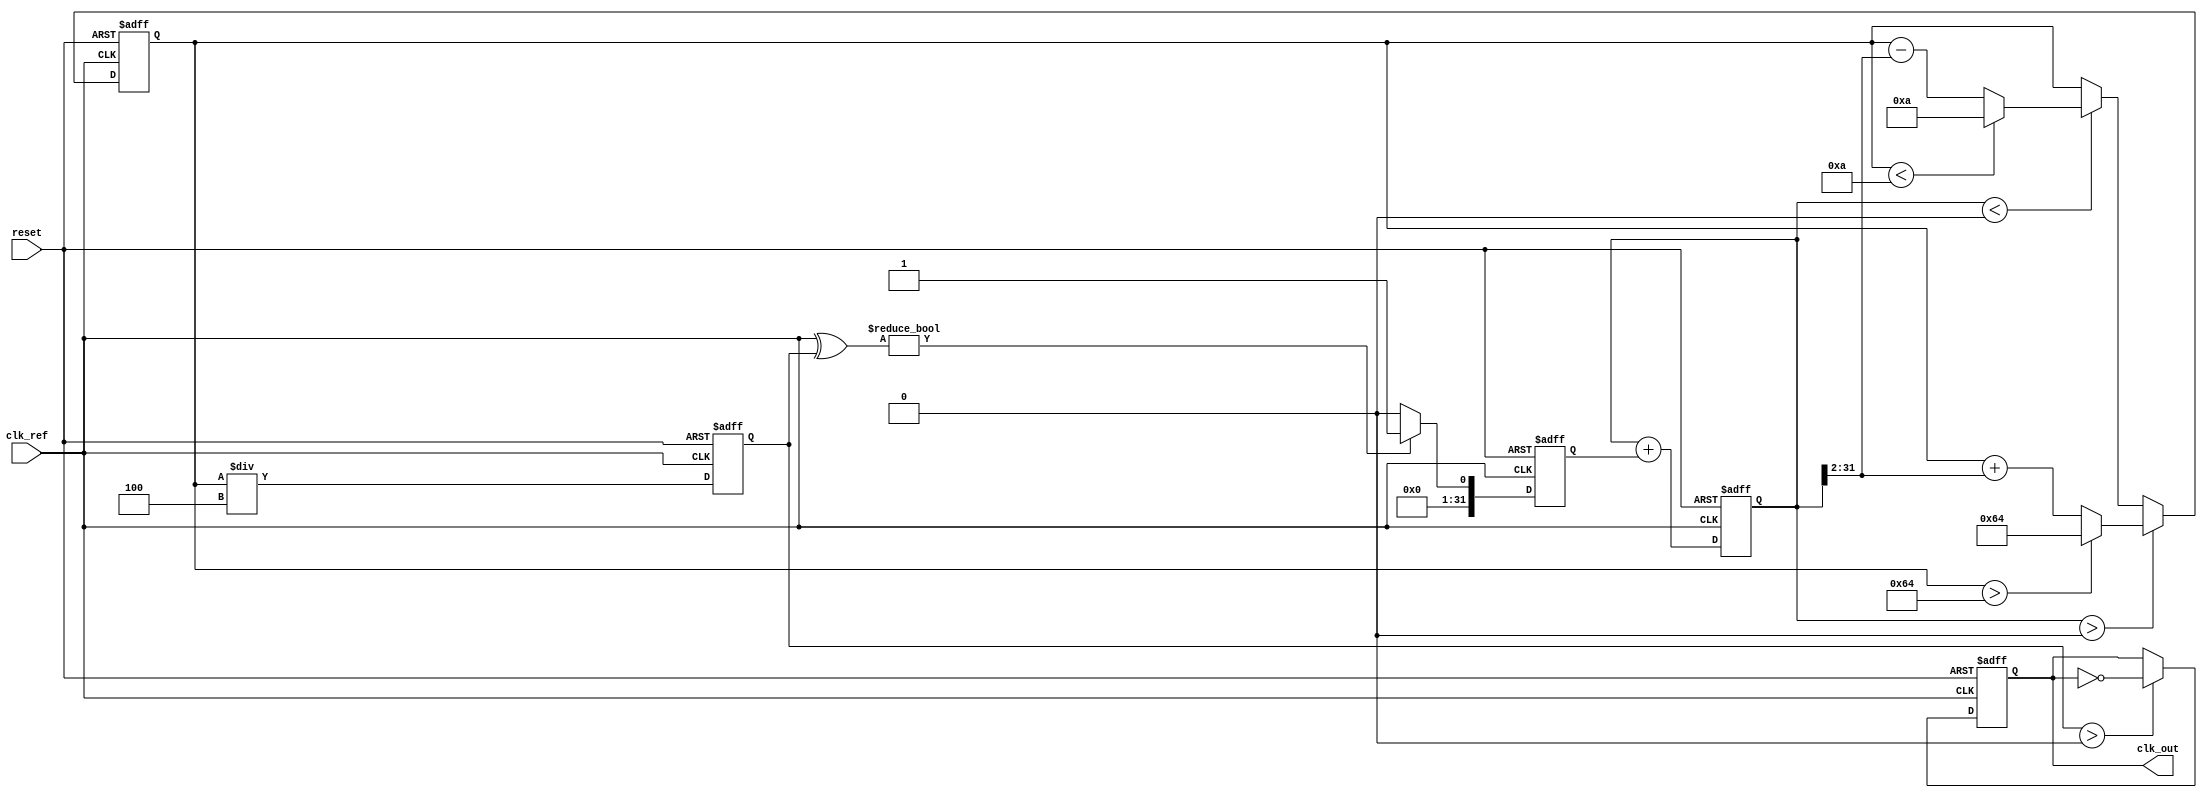
module continuous_time_pll (
    input wire clk_ref,          // Reference clock input
    input wire reset,            // Reset signal
    output reg clk_out           // Output clock
);

// Parameters
parameter DIV_FACTOR = 4;      // Division factor for feedback
parameter VCO_MAX_FREQ = 100;  // Max frequency for VCO
parameter VCO_MIN_FREQ = 10;   // Min frequency for VCO

// Internal signals
reg [31:0] phase_error;         // Phase error signal
reg [31:0] control_voltage;      // Control voltage for the VCO
reg [31:0] vco_freq;            // Current VCO frequency
reg [31:0] feedback_signal;      // Feedback signal from VCO

// Phase Detector (PD)
always @(posedge clk_ref or posedge reset) begin
    if (reset) begin
        phase_error <= 0;
    end else begin
        // Simple XOR phase detector for demonstration
        phase_error <= (clk_ref ^ feedback_signal) ? 1 : 0;
    end
end

// Loop Filter (LF)
always @(posedge clk_ref or posedge reset) begin
    if (reset) begin
        control_voltage <= 0;
    end else begin
        // Simple integrator for loop filter
        control_voltage <= control_voltage + phase_error;
    end
end

// Voltage-Controlled Oscillator (VCO)
always @(posedge clk_ref or posedge reset) begin
    if (reset) begin
        vco_freq <= VCO_MIN_FREQ;
    end else begin
        // Control VCO frequency based on control voltage
        if (control_voltage > 0) begin
            vco_freq <= vco_freq + (control_voltage >> 2); // Adjust frequency
            if (vco_freq > VCO_MAX_FREQ) vco_freq <= VCO_MAX_FREQ; // Limit max freq
        end else if (control_voltage < 0) begin
            vco_freq <= vco_freq - (control_voltage >> 2); // Adjust frequency down
            if (vco_freq < VCO_MIN_FREQ) vco_freq <= VCO_MIN_FREQ; // Limit min freq
        end
    end
end

// Feedback Mechanism
always @(posedge clk_ref or posedge reset) begin
    if (reset) begin
        feedback_signal <= 0;
    end else begin
        // Feedback signal generation based on VCO frequency
        feedback_signal <= (vco_freq / DIV_FACTOR); // Simple frequency division
    end
end

// Output Clock Generation
always @(posedge clk_ref or posedge reset) begin
    if (reset) begin
        clk_out <= 0;
    end else begin
        // Generate output clock based on VCO frequency
        clk_out <= (feedback_signal > 0) ? ~clk_out : clk_out; // Toggle output
    end
end

endmodule